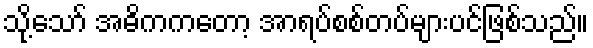
သို့သော် အဓိကကတော့ အာရပ်စစ်တပ်များပင်ဖြစ်သည်။